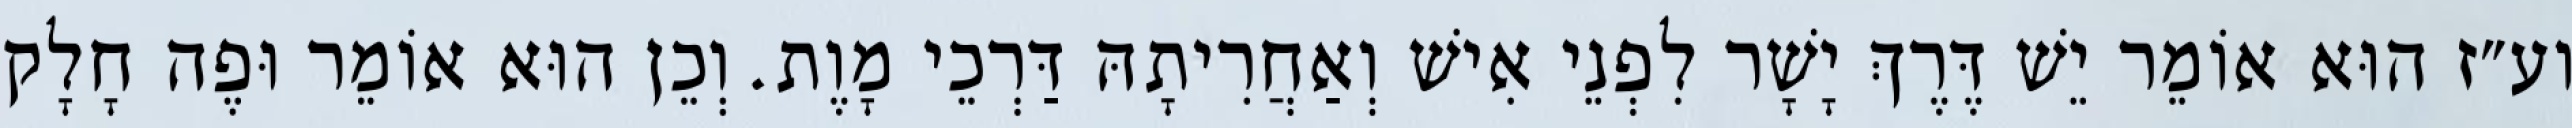
וע״ז הוּא אוֹמֵר יֵשׁ דֶּרֶךְ יָשָׁר לִפְנֵי אִישׁ וְאַחֲרִיתָהּ דַּרְכֵי מָוֶת. וְכֵן הוּא אוֹמֵר וּפֶה חָלָק